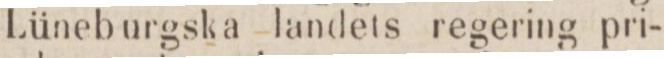
Lüneburgska landets regering pri-